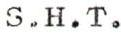
S.H.T.